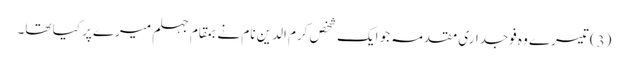
(3) تیسرے وہ فوجداری مقدمہ جو ایک شخص کرم الدین نام نے بمقام جہلم میرے پر کیا تھا۔